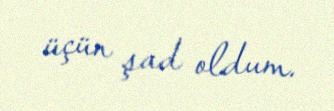
üçün şad oldum.